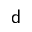
{ \mathsf d }